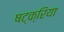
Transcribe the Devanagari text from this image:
षट्क्रिया